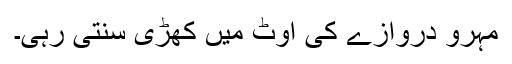
مہرو دروازے کی اوٹ میں کھڑی سنتی رہی۔